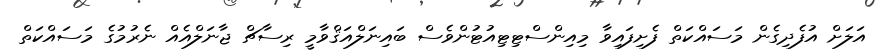
އަލަށް އުފެދިގެން މަސައްކަތް ފެށިފައިވާ މިއިންސްޓިޓިއުޓުންވެސް ބައިނަލްއަޤްވާމީ ރިސާޗް ޖާނަލްއެއް ނެރުމުގެ މަސައްކަތް